Lunatic asylums in Bengal annual reports 1888-1898 - 1888-1898
Year: 1888
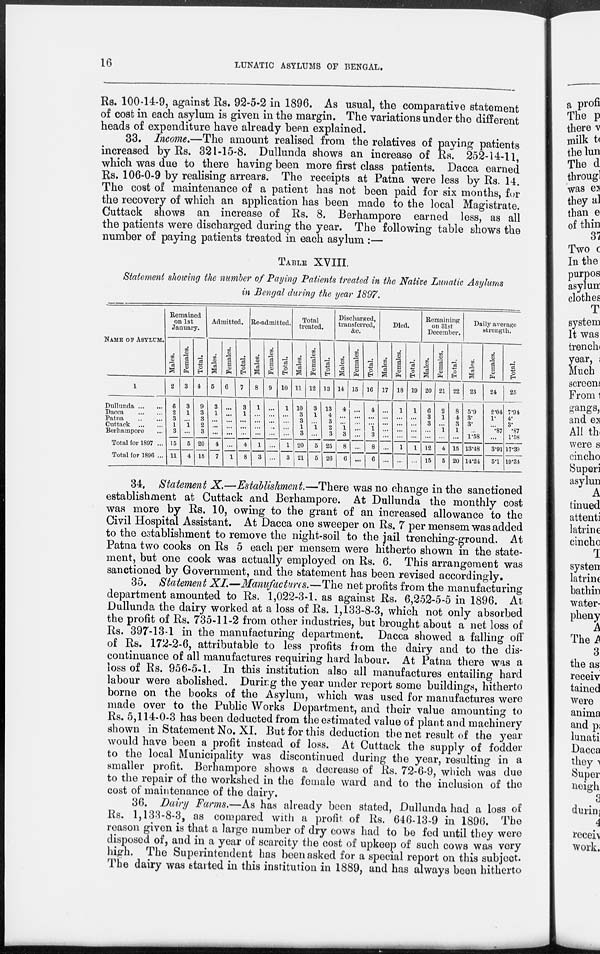
16
LUNATIC ASYLUMS OF BENGAL.
Rs. 100-14-9, against Rs. 92-5-2 in 1896. As usual, the comparative statement
of cost in each asylum is given in the margin. The variations under the different
heads of expenditure have already been explained.
33. Income.—The amount realised from the relatives of paying patients
increased by Rs. 321-15-8. Dullunda shows an increase of Rs. 252-14-11,
which was due to there having been more first class patients. Dacca earned
Rs. 106-0-9 by realising arrears. The receipts at Patna were less by Rs. 14.
The cost of maintenance of a patient has not been paid for six months, for
the recovery of which an application has been made to the local Magistrate.
Cuttack shows an increase of Rs. 8. Berhampore earned less, as all
the patients were discharged during the year. The following table shows the
number of paying patients treated in each asylum :—
TABLE XVIII.
Statement showing the number of Paying Patients treated in the Native Lunatic Asylums
in Bengal during the year 1897.
NAME OF ASYLUM.
1
Dullunda ... ...
Dacca
...
...
Patna
...
...
Cuttack
...
...
Berhampore ...
Total for 1897 ...
Total for 1896 ...
Remained
on 1st
January.
Males.
2
6
2
3
1
3
15
11
Females.
3
3
1
...
1
...
5
4
Total.
4
9
3
3 2
3
20
15
Admitted.
Males.
5
3
1
...
...
...
4
7
Females.
6
...
...
...
...
...
...
1
Total.
7
3
1
...
...
...
4
8
Re-admitted.
Males.
8
1
...
...
...
...
1
3
Females.
9
...
...
...
...
...
...
...
Total.
10
1
...
...
... ...
1 1
3
Total
treated.
Males.
11
10
3
3
1
3
20
21
Females.
12
3
1
...
1
...
5
5
Total.
13
13
4
3
2
3
25
26
Discharged,
transferred,
&c.
Males.
14
4
...
...
1
3
8
6
Females.
15
...
...
...
...
...
...
...
Total.
16
4
...
...
1
3
8
6
Died.
Males.
17
...
...
...
...
...
...
...
Females.
18
1
...
...
...
...
1
...
Total.
19
1
...
...
...
...
1
...
Remaining
on 31st
December.
Males.
20
6
3
3
...
...
12
15
Females.
21
2
1
...
1
...
4
5
Total.
22
8
4
3
1
...
15
20
Daily average
strength.
Males.
23
5.9
3.
3.
...
1.58
13.48
14.24
Females.
24
2.04
1.
...
.87
...
3.91
5.1
Total.
25
7.94
4.
3.
.87
1.58
17.39
19.34
34. Statement X.—Establishment.—There was no change in the sanctioned
establishment at Cuttack and Berhampore. At Dullunda the monthly cost
was more by Rs. 10, owing to the grant of an increased allowance to the
Civil Hospital Assistant. At Dacca one sweeper on Rs. 7 per mensem was added
to the establishment to remove the night-soil to the jail trenching-ground. At
Patna two cooks on Rs 5 each per mensem were hitherto shown in the state-
ment, but one cook was actually employed on Rs. 6. This arrangement was
sanctioned by Government, and the statement has been revised accordingly.
35. Statement XI.—Manufactures.—The net profits from the manufacturing
department amounted to Rs. 1,022-3-1. as against Rs. 6,252-5-5 in 1896. At
Dullunda the dairy worked at a loss of Rs. 1,133-8-3, which not only absorbed
the profit of Rs. 735-11-2 from other industries, but brought about a net loss of
Rs. 397-13-1 in the manufacturing department. Dacca showed a falling off
of Rs. 172-2-6, attributable to less profits from the dairy and to the dis-
continuance of all manufactures requiring hard labour. At Patna there was a
loss of Rs. 956-5-1. In this institution also all manufactures entailing hard
labour were abolished. During the year under report some buildings, hitherto
borne on the books of the Asylum, which was used for manufactures were
made over to the Public Works Department, and their value amounting to
Rs. 5,114-0-3 has been deducted from the estimated value of plant and machinery
shown in Statement No. XI. But for this deduction the net result of the year
would have been a profit instead of loss. At Cuttack the supply of fodder
to the local Municipality was discontinued during the year, resulting in a
smaller profit. Berhampore shows a decrease of Rs. 72-6-9, which was due
to the repair of the workshed in the female ward and to the inclusion of the
cost of maintenance of the dairy.
36. Dairy Farms.—As has already been stated, Dullunda had a loss of
Rs. 1,138-8-3, as compared with a profit of Rs. 646-13-9 in 1896. The
reason given is that a large number of dry cows had to be fed until they were
disposed of, and in a year of scarcity the cost of upkeep of such cows was very
high. The Superintendent has been asked for a special report on this subject.
The dairy was started in this institution in 1889, and has always been hitherto